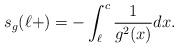
LaTeX: \begin{align*}s_g(\ell+)=-\int_{\ell}^c \frac{1}{g^2(x)}dx.\end{align*}